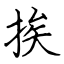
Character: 挨